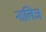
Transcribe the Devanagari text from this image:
नालिज